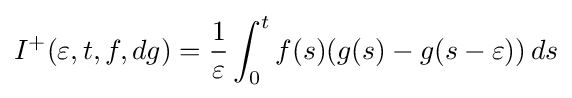
I^{+}(\varepsilon ,t,f,dg)={1 \over \varepsilon }\int _{0}^{t}f(s)(g(s)-g(s-\varepsilon ))\,ds